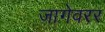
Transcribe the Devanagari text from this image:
जागेवरर